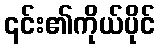
၎င်း၏ကိုယ်ပိုင်